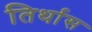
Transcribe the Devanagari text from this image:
तिर्थास